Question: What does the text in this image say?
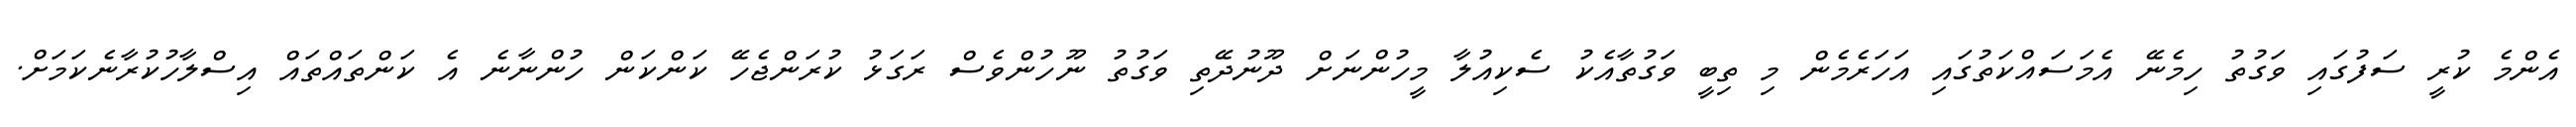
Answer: އެންމެ ކުރީ ސަފުގައި ވަގުތު ހިމެނޭ އެމަސައްކަތުގައި އަހަރެމެން މި ތިބީ ވަގުތާއެކު ސެކިއުލާ މީހުންނަށް ދޫނުދޭތި ވަގުތު ނޫހުންވެސް ރަގަޅު ކުރަންޖެހޭ ކަންކަން ހުންނާނެ އެ ކަންތައްތައް އިސްލާހުކުރާނެކަމަށް.